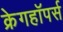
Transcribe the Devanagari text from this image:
क्रेगहॉपर्स